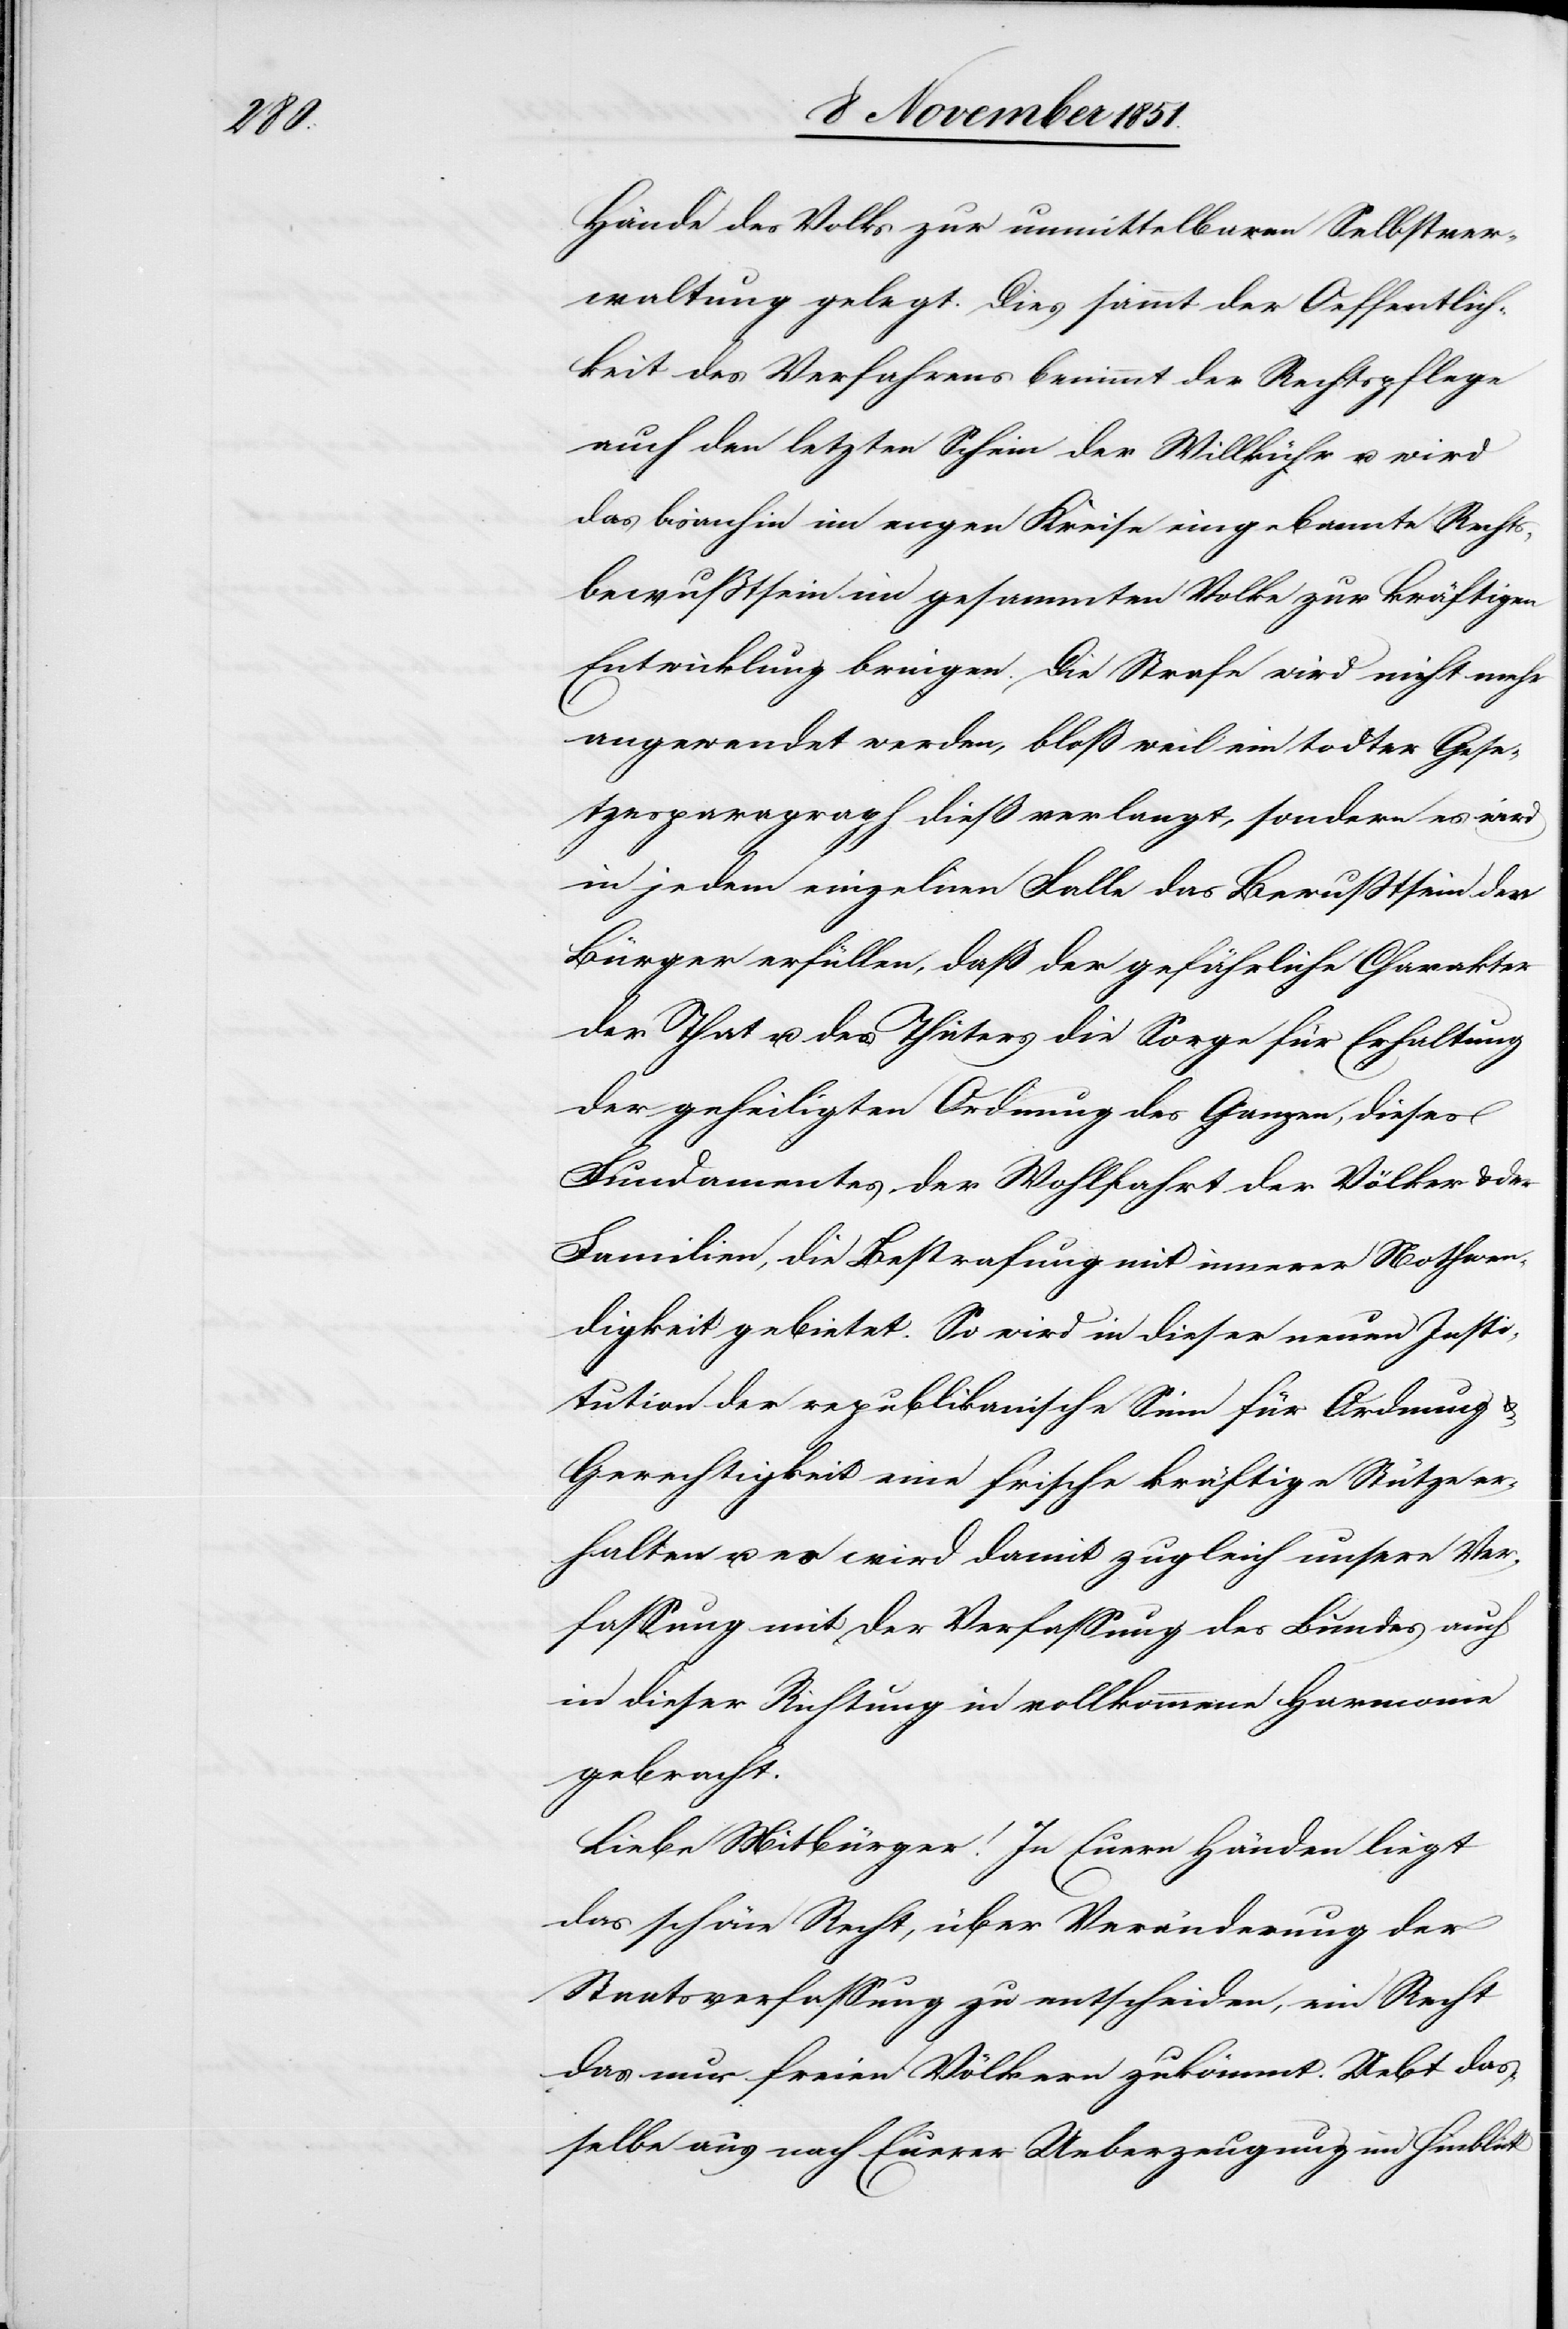
Hände des Volks zur unmittelbaren Selbstver¬
waltung gelegt. Dies sammt der Oeffentlich¬
keit des Verfahrens benimmt der Rechtspflege
auch den letzten Schein der Willkühr u. wird
das bisanhin im engen Kreise eingebannte Rechts¬
bewußtsein im gesammten Volke zur kräftigen
Entwicklung bringen. Die Strafe wird nicht mehr
angewendet werden, bloß weil ein todter Geset¬
zesparagraph dieß verlangt, sondern es wird
in jedem einzelnen Falle das Bewußtsein der
Bürger erfüllen, daß der gefährliche Charakter
der That u. des Thäters die Sorge für Erhaltung
der geheiligten Ordnung des Ganzen, dieses
Fundamentes der Wohlfahrt der Völker & der
Familien, die Bestrafung mit innerer Nothwen¬
digkeit gebietet. So wird in dieser neuen Insti¬
tution der republikanische Sinn für Ordnung &
Gerechtigkeit eine frische kräftige Stütze er¬
halten u. es wird damit zugleich unsere Ver¬
fassung mit der Verfassung des Bundes auch
in dieser Richtung in vollkommene Harmonie
gebracht.
Liebe Mitbürger! In Euern Händen liegt
das schöne Recht, über Veränderung der
Staatsverfassung zu entscheiden, ein Recht
das nur freien Völkern zukömmt. Uebt das¬
selbe aus nach Euerer Ueberzeugung im Hinblick